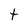
Character: t